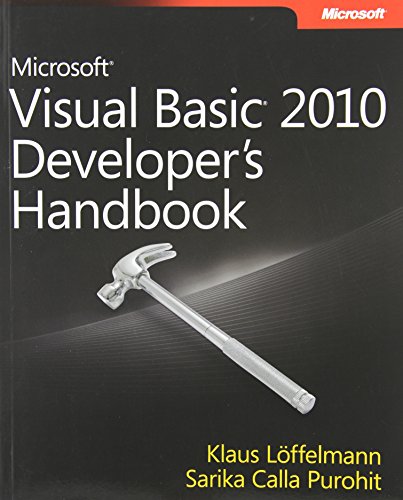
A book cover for Microsoft Visual Basic 2010 Developer's Handbook (Developer Reference); Klaus LÃ¶ffelmann; Computers & Technology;